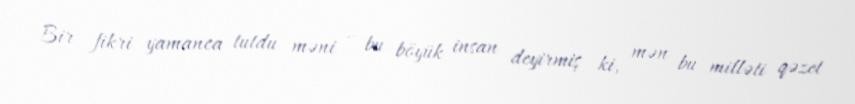
Bir fikri yamanca tutdu məni – bu böyük insan deyirmiş ki, mən bu milləti qəzet